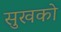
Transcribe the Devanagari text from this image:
सुखको